Indian journal of veterinary science and animal husbandry - Volume 12,
Year: 1942
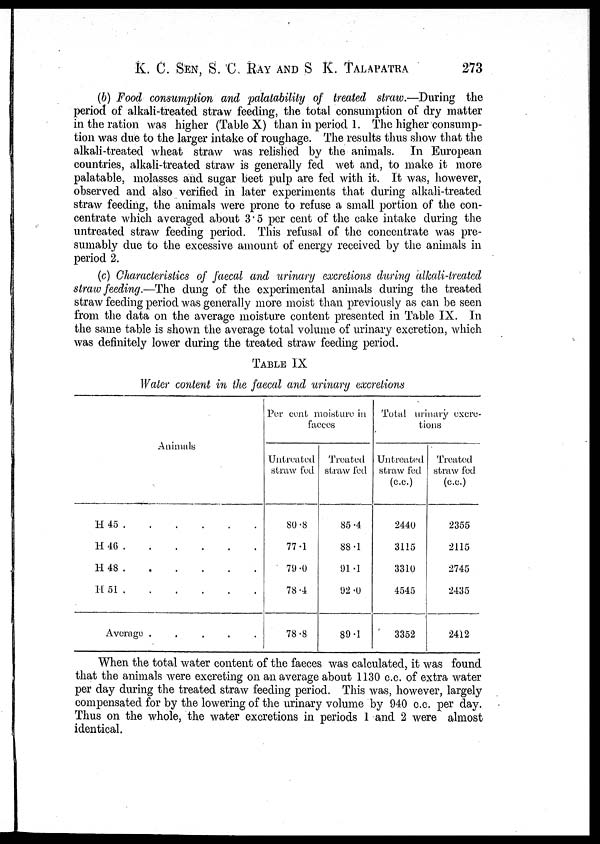
K. C. SEN, S. C. RAY AND S. K. TALAPATRA 273
(b) Food consumption and palatability of treated straw.—During the
period of alkali-treated straw feeding, the total consumption of dry matter
in the ration was higher (Table X) than in period 1. The higher consump-
tion was due to the larger intake of roughage. The results thus show that the
alkali-treated wheat straw was relished by the animals. In European
countries, alkali-treated straw is generally fed wet and, to make it more
palatable, molasses and sugar beet pulp are fed with it. It was, however,
observed and also verified in later experiments that during alkali-treated
straw feeding, the animals were prone to refuse a small portion of the con-
centrate which averaged about 3.5 per cent of the cake intake during the
untreated straw feeding period. This refusal of the concentrate was pre-
sumably due to the excessive amount of energy received by the animals in
period 2.
(c) Characteristics of faecal and urinary excretions during alkali-treated
straw feeding.—The dung of the experimental animals during the treated
straw feeding period was generally more moist than previously as can be seen
from the data on the average moisture content presented in Table IX. In
the same table is shown the average total volume of urinary excretion, which
was definitely lower during the treated straw feeding period.
TABLE IX
Water content in the faecal and urinary excretions
Animals
H 45
.
.
.
.
.
.
H
46
.
.
.
.
.
.
H 48
.
.
.
.
.
.
H 51
.
.
.
.
.
.
Average
.
.
.
.
.
Per cent moisture in
faeces
Untreated
straw fed
80.8
77.1
79.0
78.4
78.8
Treated
straw fed
85.4
88.1
91.1
92.0
89.1
Total urinary excre-
tions
Untreated
straw fed
(c.c.)
2440
3115
3310
4545
3352
Treated
straw fed
(c.c.)
2355
2115
2745
2435
2412
When the total water content of the faeces was calculated, it was found
that the animals were excreting on an average about 1130 c.c. of extra water
per day during the treated straw feeding period. This was, however, largely
compensated for by the lowering of the urinary volume by 940 c.c. per day.
Thus on the whole, the water excretions in periods 1 and 2 were almost
identical.